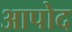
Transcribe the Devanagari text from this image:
आपोद